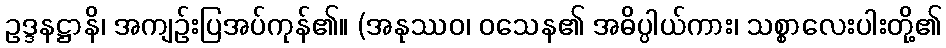
ဥဒ္ဒနဋ္ဌာနိ၊ အကျဉ်းပြအပ်ကုန်၏။ (အနုဿဝ၊ ဝသေန၏ အဓိပ္ပါယ်ကား၊ သစ္စာလေးပါးတို့၏